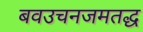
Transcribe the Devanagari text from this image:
बवउचनजमतद्ध